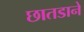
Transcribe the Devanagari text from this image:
छातडाने